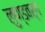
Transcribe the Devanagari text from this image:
लुण्डवर्ग